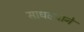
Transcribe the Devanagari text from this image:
साधल्याने